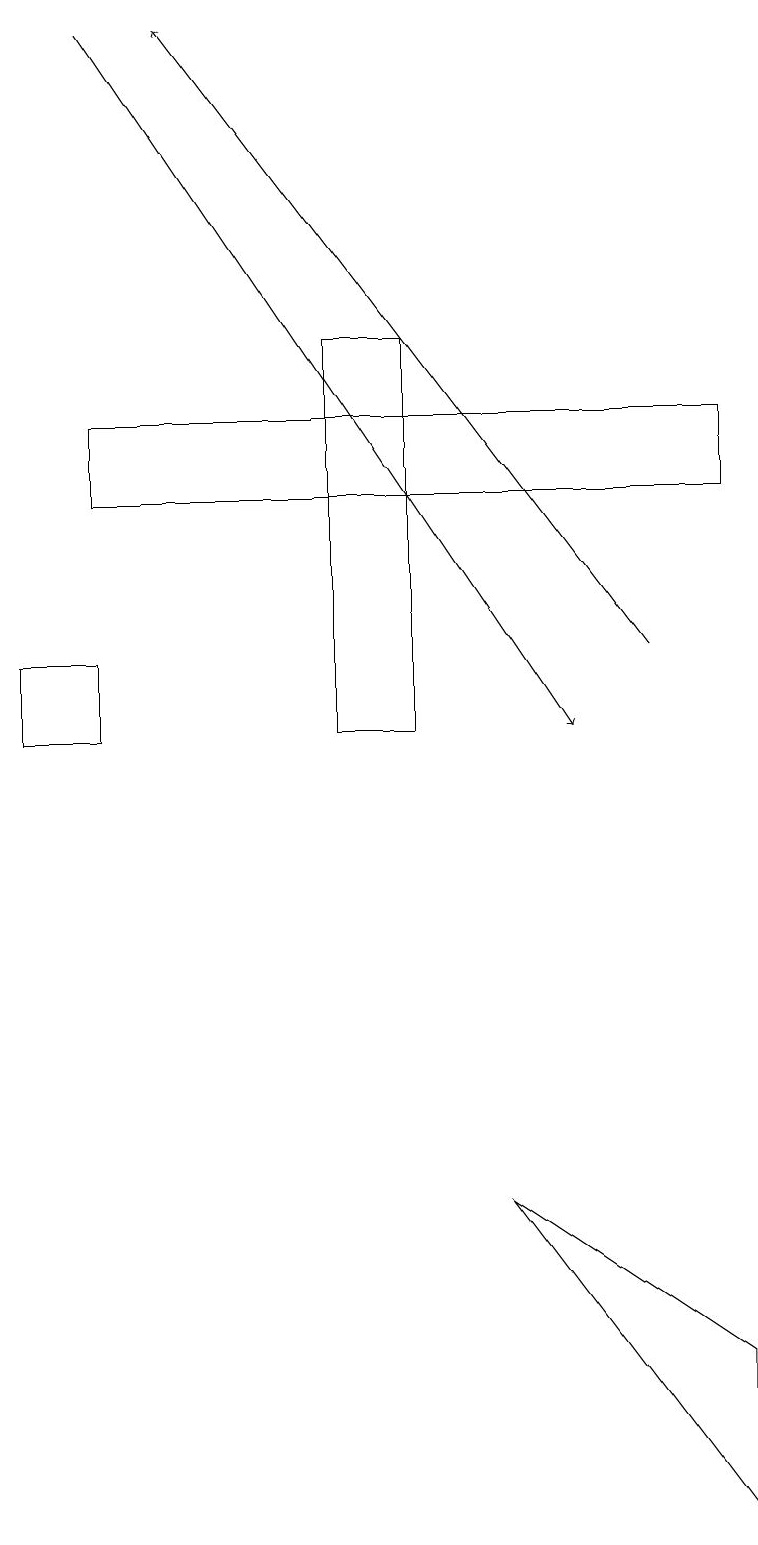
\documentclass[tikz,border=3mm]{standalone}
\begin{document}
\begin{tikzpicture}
\draw (4,10) rectangle (5,15);
\draw (6,4) -- (9,0) -- (9,2) -- cycle;
\draw (1,10) rectangle (0,11);
\draw[->] (1,19) -- (7,10);
\draw (1,14) rectangle (9,13);
\draw[->] (8,11) -- (2,19);
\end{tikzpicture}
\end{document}